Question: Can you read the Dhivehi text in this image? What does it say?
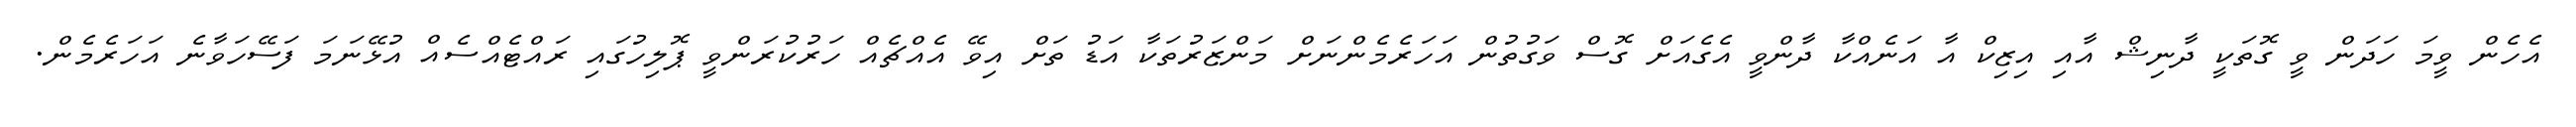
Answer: އެހެން ވީމަ ހަދަން ވީ ގޮތަކީ ދާނިޝް އާއި އިޒިކް އާ އަނެއްކާ ދާންވީ އެގެއަށް ގޮސް ވަގުތުން އަހަރެމެންނަށް މަންޒަރުތަކާ އަޑު ތަށް އިވޭ އެއްޗެއް ހަރުކުރަންވީ ޕޮލިހުގައި ރައްޓެއްސެއް އުޅޭނަމަ ފަސޭހަވާނެ އަހަރެމެން.